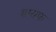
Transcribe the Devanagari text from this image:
बायफ